Civil Veterinary Department. Madras. Admin. report 1926-33 - 1926-1933
Year: 1926
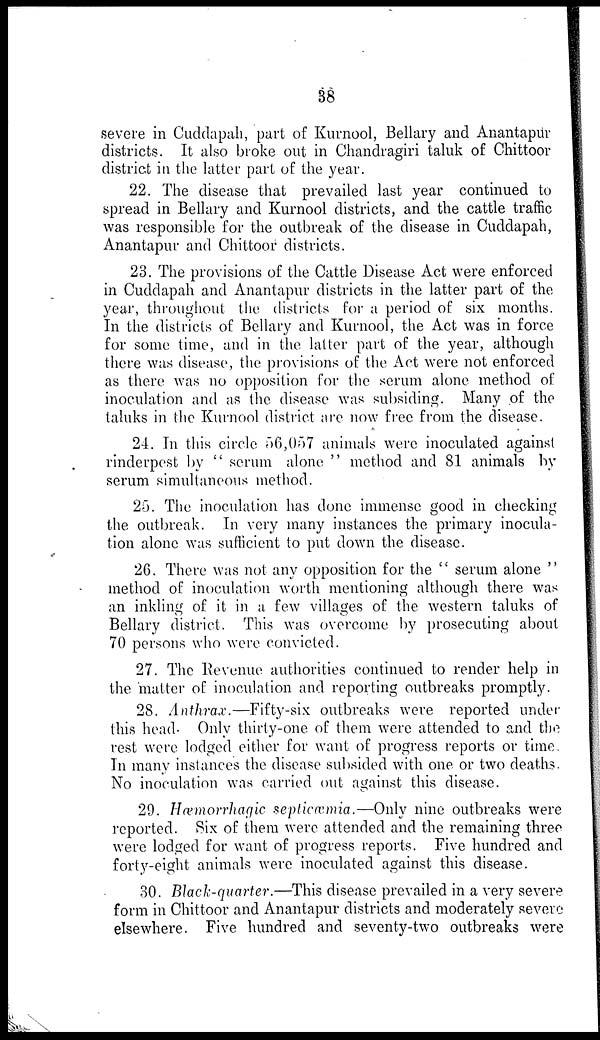
38
severe in Cuddapah, part of Kurnool, Bellary and Anantapur
districts. It also broke out in Chandragiri taluk of Chittoor
district in the latter part of the year.
22. The disease that prevailed last year continued to
spread in Bellary and Kurnool districts, and the cattle traffic
was responsible for the outbreak of the disease in Cuddapah,
Anantapur and Chittoor districts.
23. The provisions of the Cattle Disease Act were enforced
in Cuddapah and Anantapur districts in the latter part of the
year, throughout the districts for a period of six months.
In the districts of Bellary and Kurnool, the Act was in force
for some time, and in the latter part of the year, although
there was disease, the provisions of the Act were not enforced
as there was no opposition for the serum alone method of
inoculation and as the disease was subsiding. Many of the
taluks in the Kurnool district are now free from the disease.
24. In this circle 56,057 animals were inoculated against
rinderpest by " serum alone " method and 81 animals by
serum simultaneous method.
25. The inoculation has done immense good in checking
the outbreak. In very many instances the primary inocula-
tion alone was sufficient to put down the disease.
26. There was not any opposition for the " serum alone "
method of inoculation worth mentioning although there was
an inkling of it in a few villages of the western taluks of
Bellary district. This was overcome by prosecuting about
70 persons who were convicted.
27. The Revenue authorities continued to render help in
the matter of inoculation and reporting outbreaks promptly.
28. Anthrax.—Fifty-six outbreaks were reported under
this head. Only thirty-one of them were attended to and the
rest were lodged either for want of progress reports or time.
In many instances the disease subsided with one or two deaths.
No inoculation was carried out against this disease.
29. Hæmorrhagic septicæmia.—Only nine outbreaks were
reported. Six of them were attended and the remaining three
were lodged for want of progress reports. Five hundred and
forty-eight animals were inoculated against this disease.
30. Black-quarter.—This disease prevailed in a very severe
form in Chittoor and Anantapur districts and moderately severe
elsewhere. Five hundred and seventy-two outbreaks were